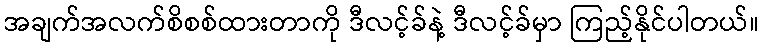
အချက်အလက်စိစစ်ထားတာကို ဒီလင့်ခ်နဲ့ ဒီလင့်ခ်မှာ ကြည့်နိုင်ပါတယ်။